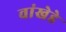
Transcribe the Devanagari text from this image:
वांखेडे